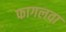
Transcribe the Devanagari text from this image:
फागलवा